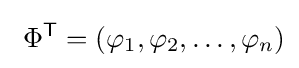
\ \Phi ^{\mathsf {T}}=(\varphi _{1},\varphi _{2},\ldots ,\varphi _{n})